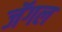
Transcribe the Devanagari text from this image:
जॅगल